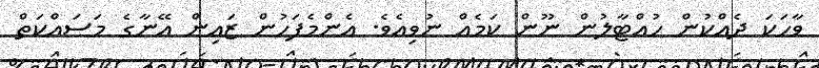
ވާހަކަ ދެއްކުން ހުއްޓާލުން ނޫން ކަމެއް ނުވިއެވެ. އެންމެފަހުން ޒައިން އޭނާގެ މަސައްކަތް